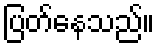
ပြတ်နေသည်။